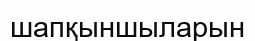
шапқыншыларын